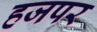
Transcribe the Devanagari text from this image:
हजपर